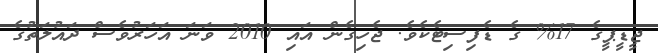
ޖީޑީޕީގެ 17% ގެ ޑެފިސިޓެކެވެ. ޖެހިގެން އައި 2010 ވަނަ އަހަރުވެސް ދައުލަތުގެ